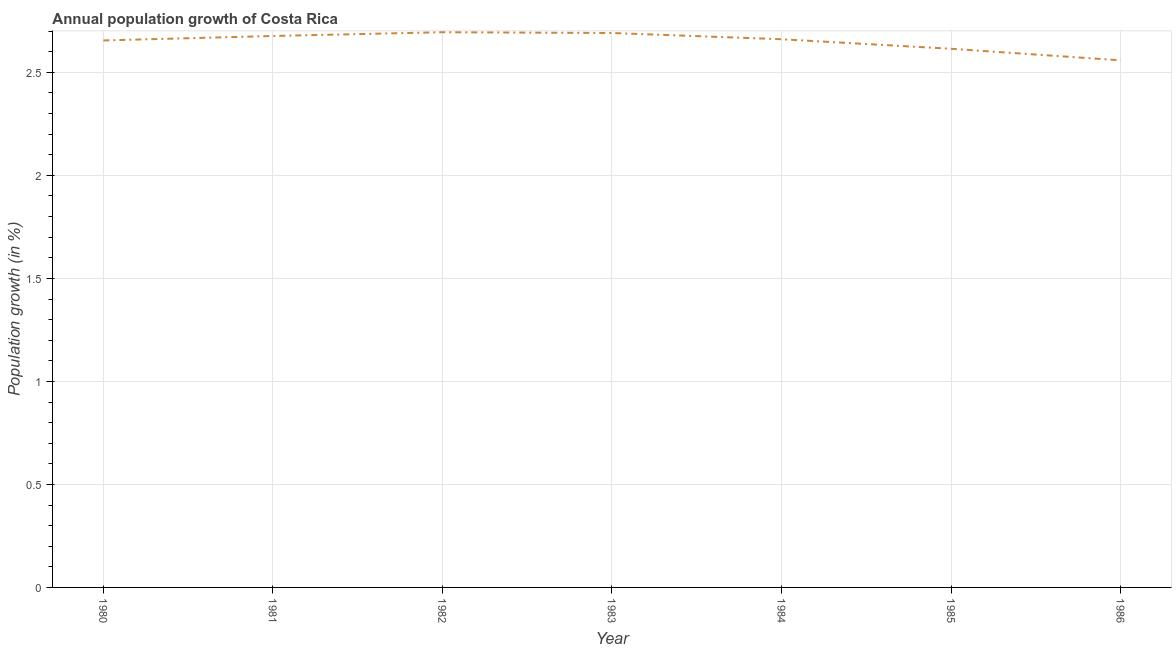
| Year | Population growth |
 | --- | --- |
 | 1980 | 2.65 |
 | 1981 | 2.68 |
 | 1982 | 2.69 |
 | 1983 | 2.69 |
 | 1984 | 2.66 |
 | 1985 | 2.61 |
 | 1986 | 2.56 |